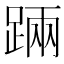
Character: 䠃